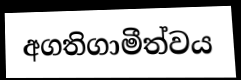
අගතිගාමීත්වය